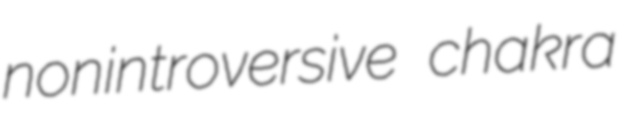
nonintroversive chakra